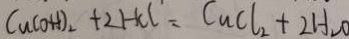
C u ( O H ) _ { 2 } + 2 H C l = C u C l _ { 2 } + 2 H _ { 2 } O